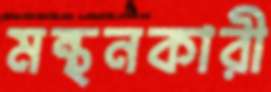
মন্থনকারী